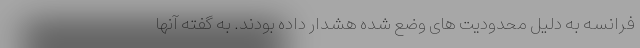
فرانسه به دلیل محدودیت های وضع شده هشدار داده بودند. به گفته آنها